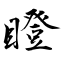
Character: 瞪